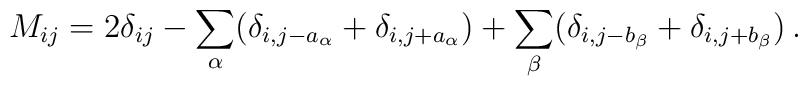
M_{ij}= 2 \delta_{ij} - \sum_\alpha ( \delta_{i,j-a_\alpha}+ \delta_{i,j+a_\alpha} ) + \sum_\beta ( \delta_{i,j-b_\beta}+ \delta_{i,j+b_\beta} )  \, .